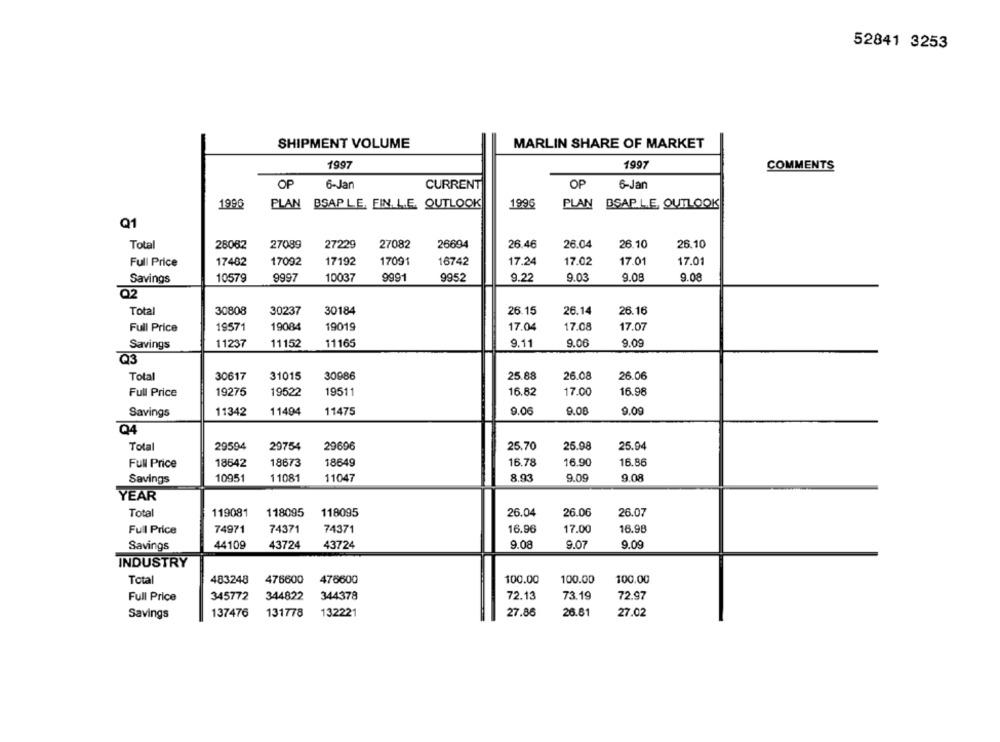
52841 3253
SHIPMENT VOLUME
MARLIN SHARE OF MARKET
1997
1997
COMMENTS
OP
6-Jan
CURRENT
OP
6-Jan
1996
PLAN BSAP LE. FIN. L.E. OUTLOOK
1996
PLAN BSAP L.E. OUTLOOK
Q1
Total
28062
27089
27229
27082
26694
26.46
26.04
26.10
26.10
Full Price
17402
17092
17192
17091
16742
17.24
17.02
17.01
17.01
Savings
10579
9997
10037
9991
9952
9.22
9.03
9.08
9.08
Q2
Total
30808
30237
30184
26.15
26.14
26.16
Full Price
19571
19084
19019
17.04
17.08
17.07
Savings
11237
11152
11165
9.11
9.06
9.09
Q3
Total
30617
31015
30986
25.88
26.08
26.06
Full Price
19275
19522
19511
16.82
17.00
16.98
Savings
11342
11404
11475
9.06
9.08
9.09
94
Total
29594
29754
29696
25.70
25.98
25.94
Full Price
18642
18673
18649
16.78
16.90
16.86
Savings
10951
11081
11047
8.93
9.09
9.08
YEAR
Total
119081
118095
118095
26.04
26.06
26.07
Full Price
74971
74371
74371
16.96
17.00
16.98
Savings
44109
43724
43724
9.08
9.07
9.09
INDUSTRY
483248
476600
476600
100.00
100.00
100.00
Total
Full Price
345772
344822
344378
72.13
73.19
72.97
Savings
137476
131778
132221
27.86
26.81
27.02